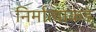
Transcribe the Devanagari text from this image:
निर्मात्याकडे